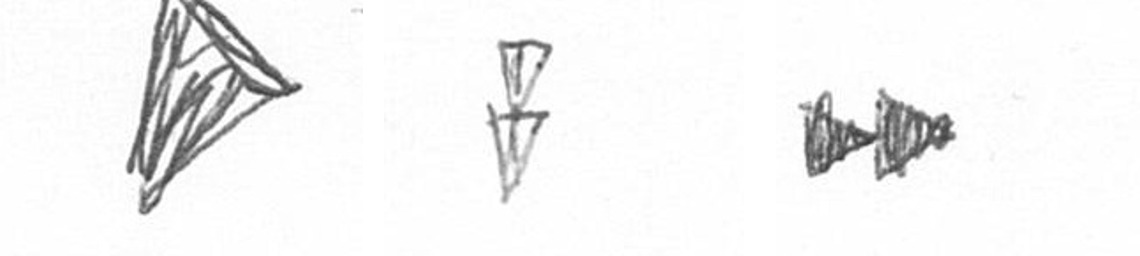
O Z A